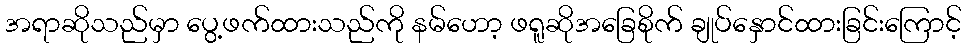
အရာဆိုသည်မှာ ပွေ့ဖက်ထားသည်ကို နမ်ဟော့ ဖရူဆိုအခြေစိုက် ချုပ်နှောင်ထားခြင်းကြောင့်